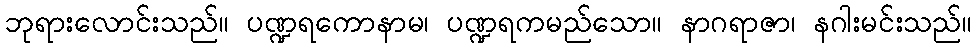
ဘုရားလောင်းသည်။ ပဏ္ဍရကောနာမ၊ ပဏ္ဍရကမည်သော။ နာဂရာဇာ၊ နဂါးမင်းသည်။